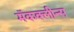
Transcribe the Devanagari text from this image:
मॅकक्लीन्स